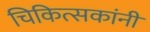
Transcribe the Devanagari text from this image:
चिकित्सकांनी